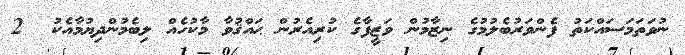
ނުވަތަމަސައްކަތު ފެންވަރުބެލުމުގެ ނިޒާމުން ވަޒީފާގެ ކުރިއެރުން ޙައްޤުވާ މާކުހެއް ލިބެމުންދިޔުމާއެކު  2